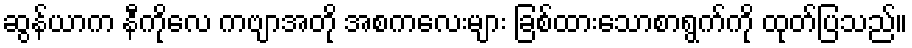
ဆွန်ယာက နီကိုလေ ကဗျာအတို အစကလေးများ ခြစ်ထားသောစာရွက်ကို ထုတ်ပြသည်။